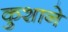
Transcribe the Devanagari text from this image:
कुशाने